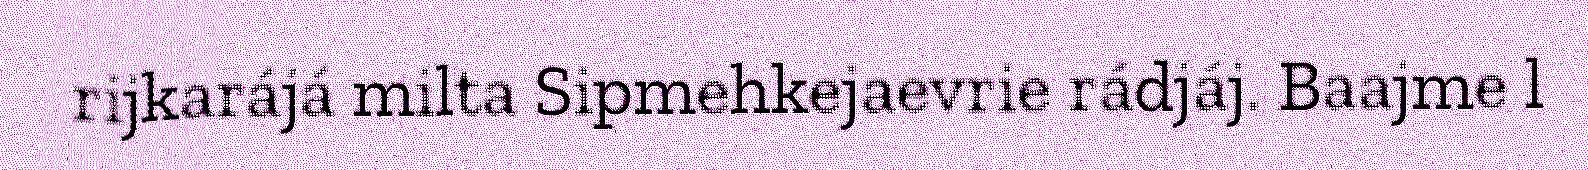
rijkarájá milta Sipmehkejaevrie rádjáj. Baajme l